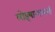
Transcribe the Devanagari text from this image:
लोइयान्गलानी